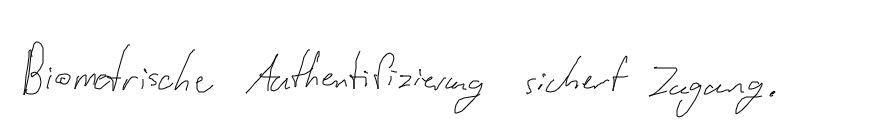
Biometrische Authentifizierung sichert Zugang.